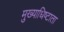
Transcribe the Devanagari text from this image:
मुख्याधिष्टाता